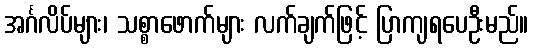
အင်္ဂလိပ်များ၊ သစ္စာဖောက်များ လက်ချက်ဖြင့် ပြာကျရပေဦးမည်။